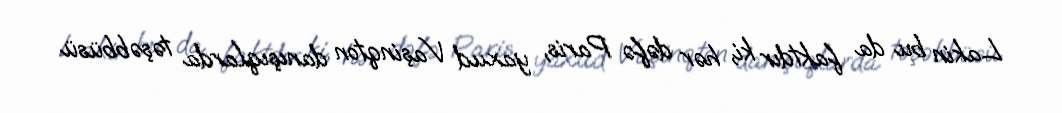
Lakin bu da faktdır ki, hər dəfə Paris, yaxud Vaşinqton danışıqlarda təşəbbüsü